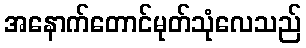
အနောက်တောင်မုတ်သုံလေသည်